Annual report of the Bengal Veterinary College and of the Civil Veterinary Department, Bengal, for the year 1899-1900 - 1899-1900
Year: 1899
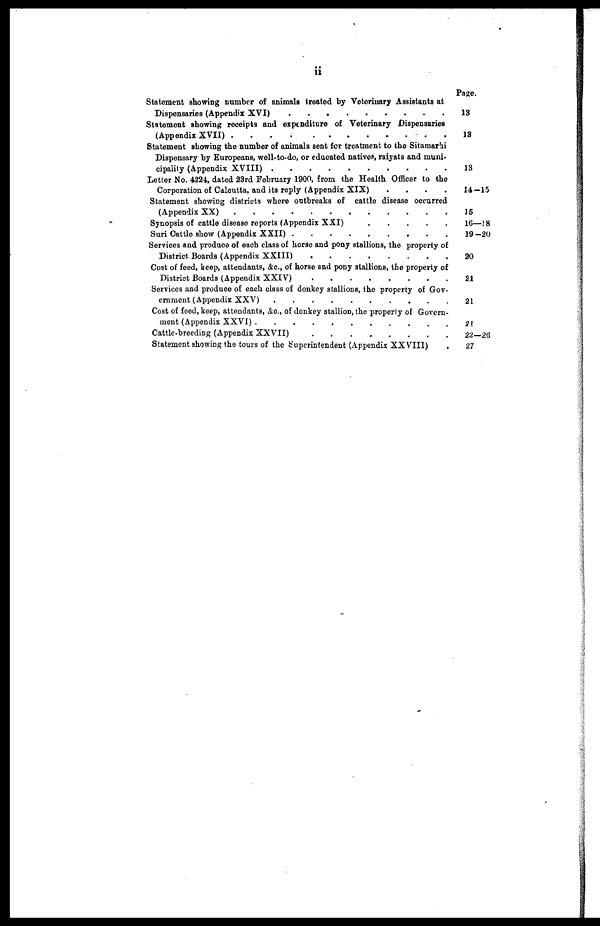
ii
Statement showing number of animals treated by Veterinary Assistants at
Dispensaries (Appendix XVI) ..........................
Statement showing receipts and expenditure of Veterinary Dispensaries
(Appendix XVII) .....................................
Statement showing the number of animals sent for treatment to the Sitamarhi
Dispensary by Europeans, well-to-do, or educated natives, raiyats and muni-
cipality (Appendix VIII) ..................................
Letter No. 4224, dated 23rd February 1900, from the Health Officer to the
Corporation of Calcutta, and its reply (Appendix XIX)
....
Statement showing districts where outbreaks of cattle disease occurred
(Appendix XX) .......................................
Synopsis of cattle disease reports (Appendix XXI)
Suri Cattle show (Appendix XXII)
Services and produce of each class of horse and pony stallions, the property of
District Boards (Appendix XXIII) ..........................
Cost of feed, keep, attendants, &c., of horse and pony stallions, the property of
District Boards (Appendix XXIV) ......................
Services and produce of each class of donkey stallions, the property of Gov-
ernment (Appendix XXV)
Cost of feed, keep, attendants, &c., of donkey stallion, the properly of Govern -
ment (Appendix XXVI) ..................................................
Cattle-breeding (Appendix XXVII)
Statement showing the tours of the Superintendent (Appendix XXVIII) .
Page.
13
13
13
14-15
15
16—18
19-20
20
21
21
21
22—26
27